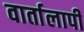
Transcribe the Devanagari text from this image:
वार्तालापी